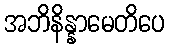
အဘိနိန္နာမေတိပေ